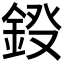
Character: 𨦏